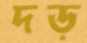
দড়